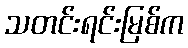
သတင်းရင်းမြစ်က